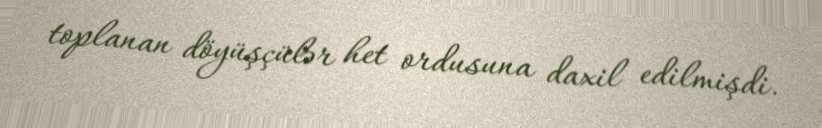
toplanan döyüşçülər het ordusuna daxil edilmişdi.